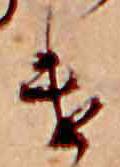
け